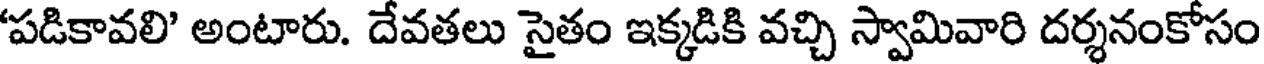
'పడికావలి' అంటారు. దేవతలు సైతం ఇక్కడికి వచ్చి స్వామివారి దర్శనంకోసం